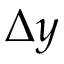
\Delta y